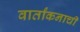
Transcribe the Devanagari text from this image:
वार्तांकनाची